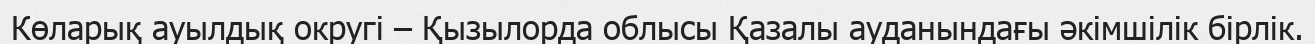
Көларық ауылдық округі – Қызылорда облысы Қазалы ауданындағы әкімшілік бірлік.